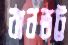
বানভট্ট